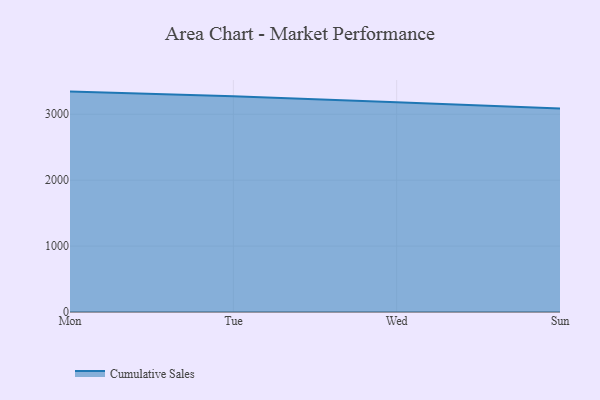
{"axis": {"x": "Day", "y": "Shipments"}, "legend": ["Cumulative Sales"], "data": [{"x": "Mon", "y": 3343.5, "type": "Cumulative Sales"}, {"x": "Tue", "y": 3271.9, "type": "Cumulative Sales"}, {"x": "Wed", "y": 3181.2, "type": "Cumulative Sales"}, {"x": "Sun", "y": 3088.1, "type": "Cumulative Sales"}]}